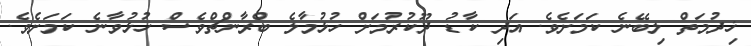
ޚިދުމަތް ލިބޭނެ ކަމަށެވެ. އަދި ކާޑު ދޫކުރުމަށް ހުޅުމާލެ ބްރާންޗްވެސް ހުޅުވާނެ ކަމަށެވެ.